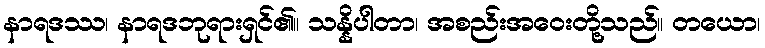
နာရဒဿ၊ နာရဒဘုရားရှင်၏။ သန္နိပါတာ၊ အစည်းအဝေးတို့သည်။ တယော၊